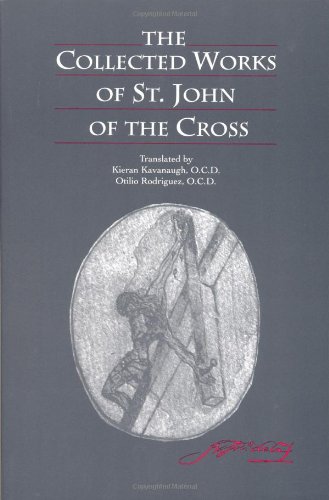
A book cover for The Collected Works of St. John of the Cross; Saint John of the Cross; Reference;